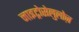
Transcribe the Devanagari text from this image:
नाइट्रोसेलुलोज़